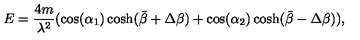
E = \frac { 4 m } { \lambda ^ { 2 } } ( \cos ( \alpha _ { 1 } ) \cosh ( \bar { \beta } + \Delta \beta ) + \cos ( \alpha _ { 2 } ) \cosh ( \bar { \beta } - \Delta \beta ) ) ,